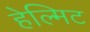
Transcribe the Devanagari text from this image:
हेल्मिट